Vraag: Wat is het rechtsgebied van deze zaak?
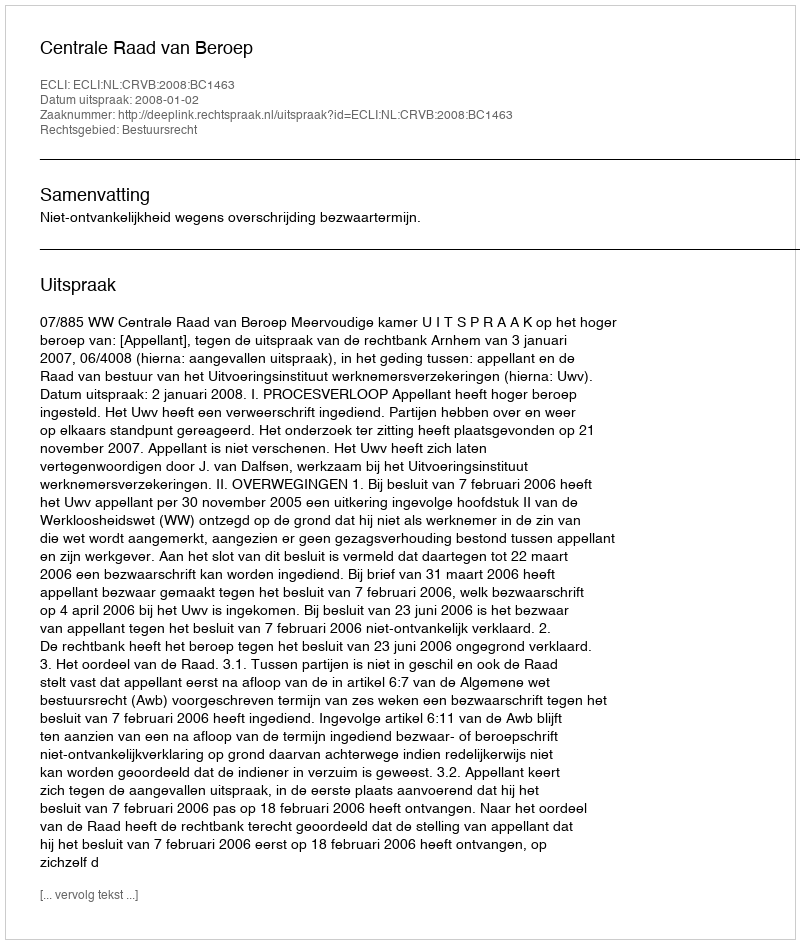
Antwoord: Bestuursrecht